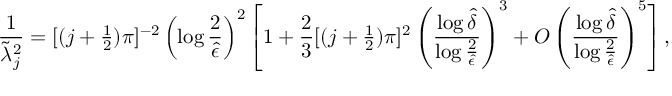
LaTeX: { \frac { 1 } { \widetilde \lambda _ { j } ^ { 2 } } } = [ ( j + { \textstyle { \frac { 1 } { 2 } } } ) \pi ] ^ { - 2 } \left( \log { \frac { 2 } { \hat { \epsilon } } } \right) ^ { 2 } \left[ 1 + { \frac { 2 } { 3 } } [ ( j + { \textstyle { \frac { 1 } { 2 } } } ) \pi ] ^ { 2 } \left( { \frac { \log \hat { \delta } } { \log { \frac { 2 } { \hat { \epsilon } } } } } \right) ^ { 3 } + O \left( { \frac { \log \hat { \delta } } { \log { \frac { 2 } { \hat { \epsilon } } } } } \right) ^ { 5 } \right] ,